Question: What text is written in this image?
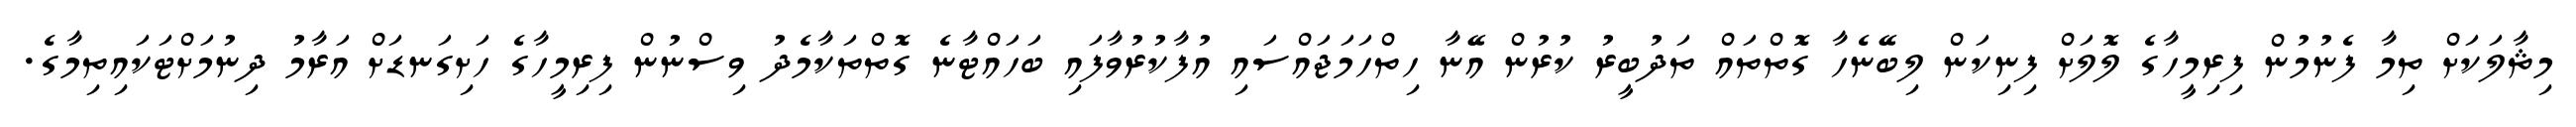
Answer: މިޘާލަކަށް ތިމާ ފެނުމުން ފިރިމީހާގެ ލޮލަށް ފިނިކަން ލިބޭނެހާ ގޮތްތައް ތަދުބީރު ކުރުން އޭނާ ހިތްހަމަޖައްސައި އުފާކުރުވާފައި ބަހައްޓާނެ ގޮތްތަކާމެދު ވިސްނުން ފިރިމީހާގެ ހަށިގަނޑަށް އަރާމު ދިނުމަށްޓަކައިތިމާގެ.